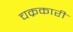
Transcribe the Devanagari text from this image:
चक्रकारी